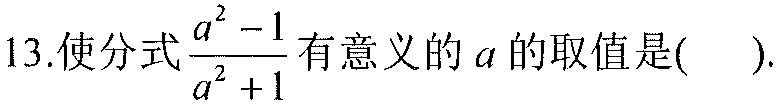
13.使分式$\dfrac{a^{2}-1}{a^{2}+1}$有意义的$a$的取值是(  ).